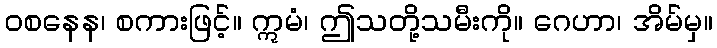
ဝစနေန၊ စကားဖြင့်။ ဣမံ၊ ဤသတို့သမီးကို။ ဂေဟာ၊ အိမ်မှ။